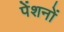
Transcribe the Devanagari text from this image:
पेंशनों